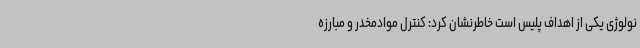
نولوژی یکی از اهداف پلیس است خاطرنشان کرد: کنترل موادمخدر و مبارزه